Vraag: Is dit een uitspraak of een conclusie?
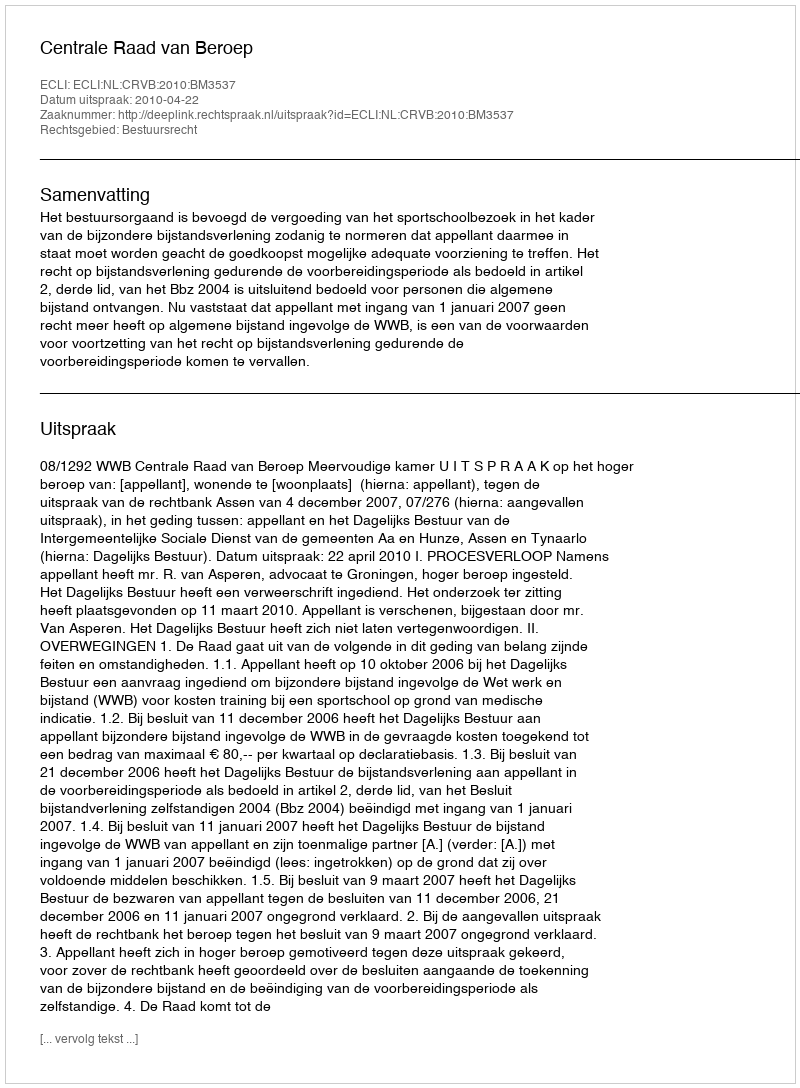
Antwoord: Uitspraak